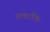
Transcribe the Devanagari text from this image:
लकाकि